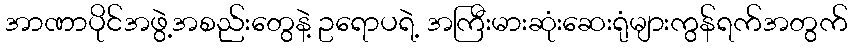
အာဏာပိုင်အဖွဲ့အစည်းတွေနဲ့ ဥရောပရဲ့ အကြီးမားဆုံးဆေးရုံများကွန်ရက်အတွက်